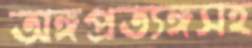
অঙ্গপ্রত্যঙ্গসহ